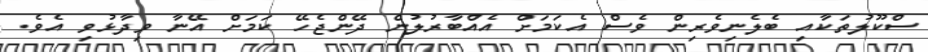
ސްކޫލުތަކާއި ބެލެނިވެރިން ވެސް އެކަމަށް އެއްބާރުލުން ދޭންޖެހޭ ކަމަށް އޭނާ ވިދާޅުވި އެވެ.